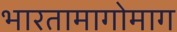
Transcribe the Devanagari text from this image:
भारतामागोमाग